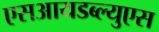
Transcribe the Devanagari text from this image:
एसआयडब्ल्युएस